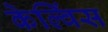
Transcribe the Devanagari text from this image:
केल्विंस